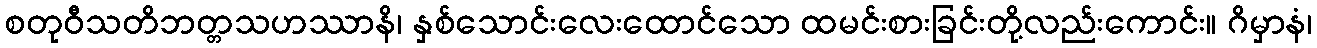
စတုဝီသတိဘတ္တသဟဿာနိ၊ နှစ်သောင်းလေးထောင်သော ထမင်းစားခြင်းတို့လည်းကောင်း။ ဂိမှာနံ၊